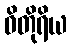
ဝိတိုရိယ